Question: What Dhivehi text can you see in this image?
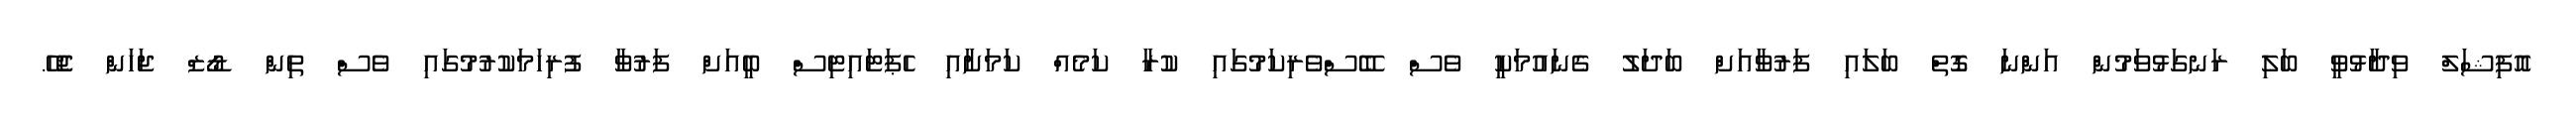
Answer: އޮފިޝަލް ވިދާޅުވީ ބަލި ރަނގަޅުވަމުން އަންނަ ގޮތް ބަލައި ފަރުވާއަށް ބަދަލު ގެނައުމަކީ ވެސް ބޭސްވެރިކަމުގައި ކުރާ ކަމެއް ކަމަށާއި ހެޕަޓައިޓިސް ބީއަށް ފަރުވާ ފުރިހަމަކުރުމުގައި ވެސް ތިން ޑޯޒް ޖަހަން ޖެހޭ.